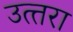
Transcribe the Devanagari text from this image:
उत्‍तरा